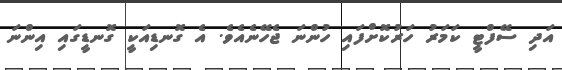
އަދި ސޭފްޓީ ކަމަރު ހަރުކޮށްފައި ހުންނަ ޖެހޭނެއެވެ. އެ ގޮނޑިއަކީ ގޮނޑީގައި އިންނަ